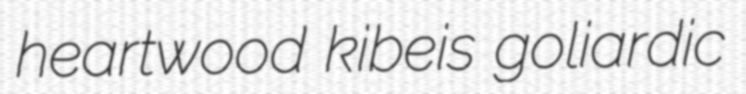
heartwood kibeis goliardic